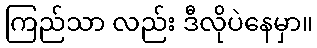
ကြည်သာ လည်း ဒီလိုပဲနေမှာ။